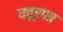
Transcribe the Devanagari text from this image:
धत्तूरपत्र